Vaccination North-Western Provinces 1866-1877 - 1866-1877
Year: 1866
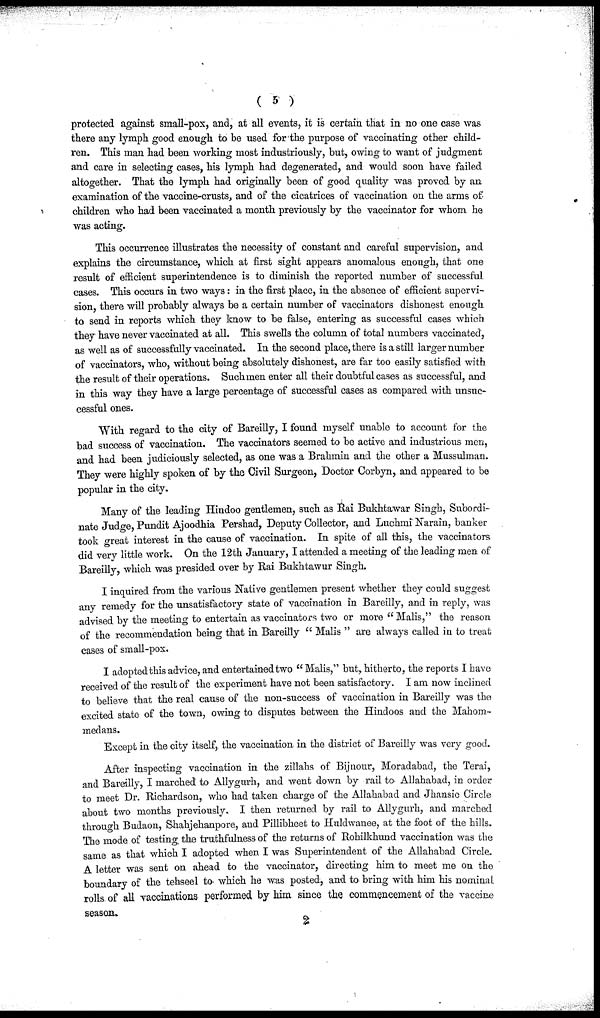
( 5 )
protected against small-pox, and, at all events, it is certain that in no one case was
there any lymph good enough to be used for the purpose of vaccinating other child-
ren. This man had been working most industriously, but, owing to want of judgment
and care in selecting cases, his lymph had degenerated, and would soon have failed
altogether. That the lymph had originally been of good quality was proved by an
examination of the vaccine-crusts, and of the cicatrices of vaccination on the arms of
children who had been vaccinated a month previously by the vaccinator for whom he
was acting.
This occurrence illustrates the necessity of constant and careful supervision, and
explains the circumstance, which at first sight appears anomalous enough, that one
result of efficient superintendence is to diminish the reported number of successful
cases. This occurs in two ways: in the first place, in the absence of efficient supervi-
sion, there will probably always be a certain number of vaccinators dishonest enough
to send in reports which they know to be false, entering as successful cases which
they have never vaccinated at all. This swells the column of total numbers vaccinated,
as well as of successfully vaccinated. In the second place, there is a still larger number
of vaccinators, who, without being absolutely dishonest, are far too easily satisfied with
the result of their operations. Such men enter all their doubtful cases as successful, and
in this way they have a large percentage of successful cases as compared with unsuc-
cessful ones.
With regard to the city of Bareilly, I found myself unable to account for the
bad success of vaccination. The vaccinators seemed to be active and industrious men,
and had been judiciously selected, as one was a Brahmin and the other a Mussulman.
They were highly spoken of by the Civil Surgeon, Doctor Corbyn, and appeared to be
popular in the city.
Many of the leading Hindoo gentlemen, such as Rai Bukhtawar Singh, Subordi-
nate Judge, Pundit Ajoodhia Pershad, Deputy Collector, and Luchmi Narain, banker
took great interest in the cause of vaccination. In spite of all this, the vaccinators
did very little work. On the 12th January, I attended a meeting of the leading men of
Bareilly, which was presided over by Rai Bukhtawur Singh.
I inquired from the various Native gentlemen present whether they could suggest
any remedy for the unsatisfactory state of vaccination in Bareilly, and in reply, was
advised by the meeting to entertain as vaccinators two or more " Malis," the reason
of the recommendation being that in Bareilly " Malis " are always called in to treat
cases of small-pox.
I adopted this advice, and entertained two " Malis," but, hitherto, the reports I have
received of the result of the experiment have not been satisfactory. I am now inclined
to believe that the real cause of the non-success of vaccination in Bareilly was the
excited state of the town, owing to disputes between the Hindoos and the Mahom¬
medans.
Except in the city itself, the vaccination in the district of Bareilly was very good.
After inspecting vaccination in the zillahs of Bijnour, Moradabad, the Terai,
and Bareilly, I marched to Allygurh, and went down by rail to Allahabad, in order
to meet Dr. Richardson, who had taken charge of the Allahabad and Jhansie Circle
about two months previously. I then returned by rail to Allygurh, and marched
through Budaon, Shahjehanpore, and Pillibheet to Huldwanee, at the foot of the hills.
The mode of testing the truthfulness of the returns of Rohilkhund vaccination was the
same as that which I adopted when I was Superintendent of the Allahabad Circle
A letter was sent on ahead to the vaccinator, directing him to meet me on the
boundary of the tehseel to which he was posted, and to bring with him his nominal
rolls of all vaccinations performed by him since the commencement of the vaccino
season
2